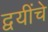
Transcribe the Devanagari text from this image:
द्वयींचे